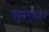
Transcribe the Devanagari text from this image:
शुभगुणहरं